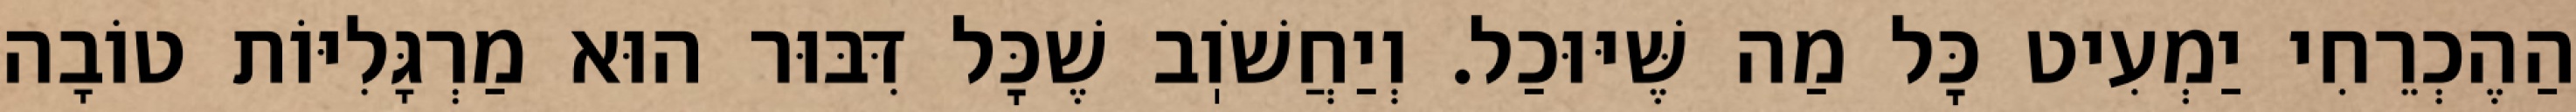
הַהֶכְרֵחִי יַמְעִיט כׇּל מַה שֶּׁיּוּכַל. וְיַחֲשֹׁוֽב שֶׁכׇּל דִּבּוּר הוּא מַרְגָּלִיּוֹת טוֹבָה